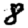
Digit: 8